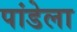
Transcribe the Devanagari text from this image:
पांडेला